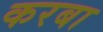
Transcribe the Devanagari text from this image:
करबा